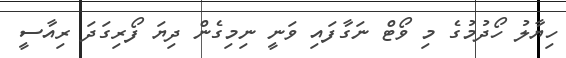
ހިޔާލު ހޯދުމުގެ މި ވޯޓް ނަގާފައި ވަނީ ނިމިގެން ދިޔަ ފޯރިގަދަ ރިއާސީ